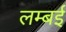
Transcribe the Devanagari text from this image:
लम्बई